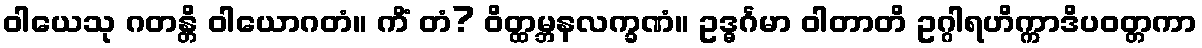
ဝါယေသု ဂတန္တိ ဝါယောဂတံ။ ကိံ တံ? ဝိတ္ထမ္ဘနလက္ခဏံ။ ဥဒ္ဓင်္ဂမာ ဝါတာတိ ဥဂ္ဂါရဟိက္ကာဒိပဝတ္တကာ